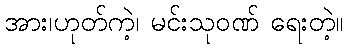
အား၊ဟုတ်ကဲ့၊ မင်းသုဝဏ် ရေးတဲ့။